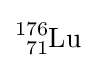
{\ce {^{176}_{71}Lu}}